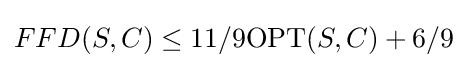
FFD(S,C)\leq 11/9\mathrm {OPT} (S,C)+6/9